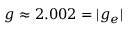
g \approx 2 . 0 0 2 = | g _ { e } |